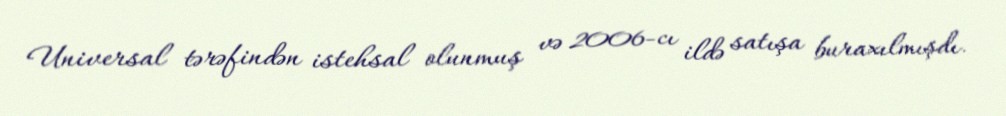
Universal tərəfindən istehsal olunmuş və 2006-cı ildə satışa buraxılmışdı.